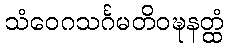
သံဝေဂသင်္ဂမတိဝဍ္ဎနတ္ထံ